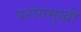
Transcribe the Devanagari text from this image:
परांगमुखी